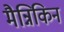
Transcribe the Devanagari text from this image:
मैन्निकिन